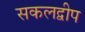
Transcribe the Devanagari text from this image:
सकलद्वीप